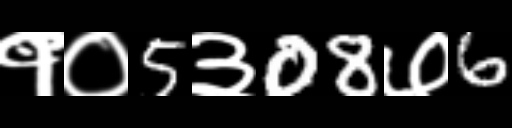
Text: १०5३08७6